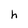
Character: h